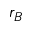
r _ { B }